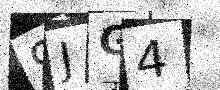
Text: 9JG4